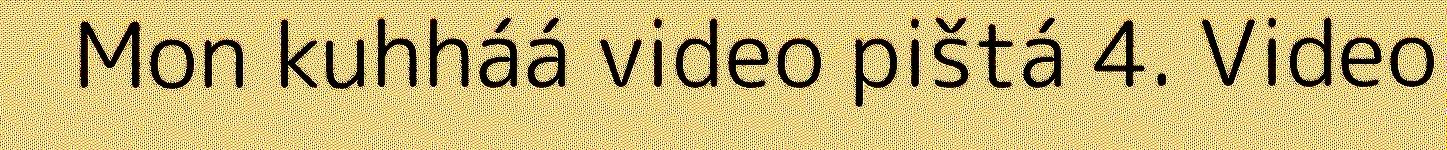
Mon kuhháá video pištá 4. Video